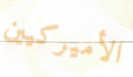
الأميركيين